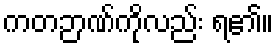
ကတဉာဏ်ကိုလည်း ရ၏။